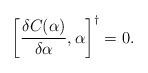
LaTeX: \begin{align*}\left [ \frac{\delta C(\alpha)}{\delta \alpha} , \alpha \right ]^\dagger =0.\end{align*}